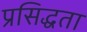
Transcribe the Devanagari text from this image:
प्रसिद्धता